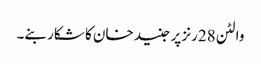
والٹن 28رنز پر جنید خان کا شکار بنے۔